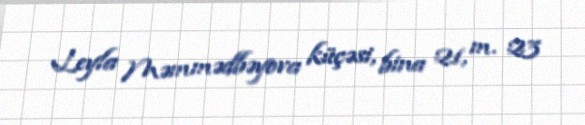
Leyla Məmmədbəyova küçəsi, bina 21, m. 23